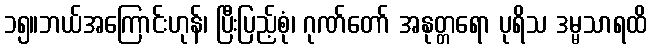
၁၅။ဘယ်အကြောင်းဟုန်၊ ပြီးပြည့်စုံ၊ ဂုဏ်တော် အနုတ္တရော ပုရိသ ဒမ္မသာရထိ